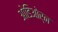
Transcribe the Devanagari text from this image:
ओडिओर्न